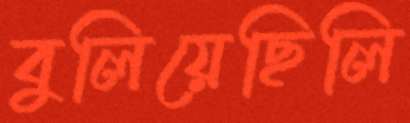
বুলিয়েছিলি